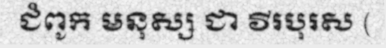
ជំពូក មនុស្ស ជា វីរបុរស (